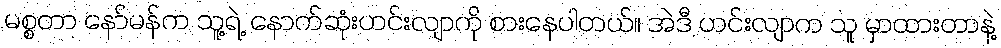
မစ္စတာ နော်မန်က သူ့ရဲ့ နောက်ဆုံးဟင်းလျာကို စားနေပါတယ်။ အဲဒီ ဟင်းလျာက သူ မှာထားတာနဲ့